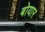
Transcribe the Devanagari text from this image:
बोयार